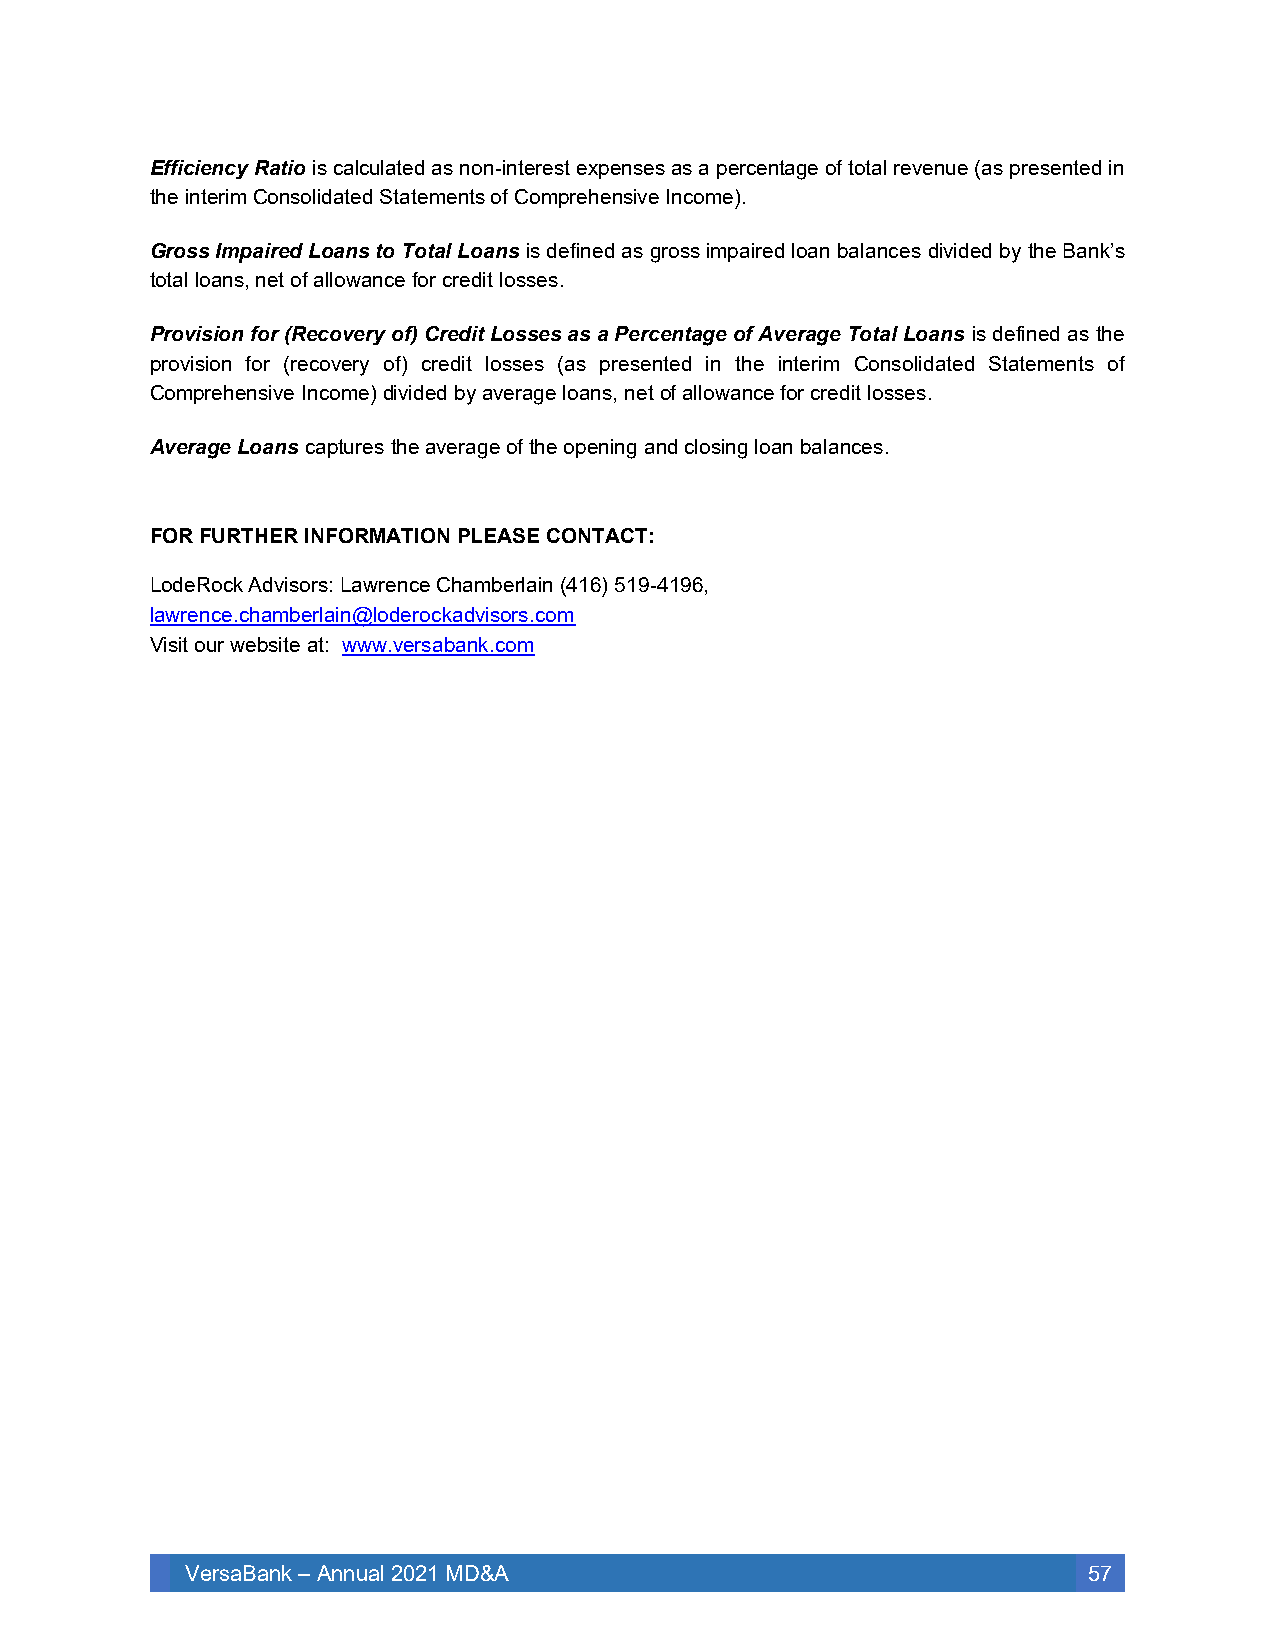
Efficiency Ratio is calculated as non-interest expenses as a percentage of total revenue (as presented in
 the interim Consolidated Statements of Comprehensive Income).
 Gross Impaired Loans to Total Loans is defined as gross impaired loan balances divided by the Bank’s
 total loans, net of allowance for credit losses.
 Provision for (Recovery of) Credit Losses as a Percentage of Average Total Loans is defined as the
 provision for (recovery of) credit losses (as presented in the interim Consolidated Statements of
 Comprehensive Income) divided by average loans, net of allowance for credit losses.
 Average Loans captures the average of the opening and closing loan balances.
 FOR FURTHER INFORMATION PLEASE CONTACT:
 LodeRock Advisors: Lawrence Chamberlain (416) 519-4196,
 lawrence.chamberlain@loderockadvisors.com
 Visit our website at: www.versabank.com
 VersaBank – Annual 2021 MD&A                                57